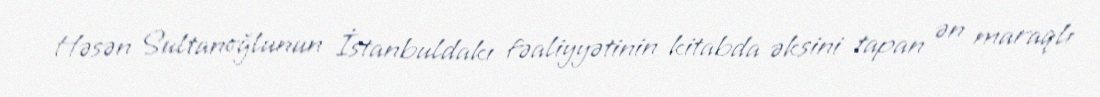
Həsən Sultanoğlunun İstanbuldakı fəaliyyətinin kitabda əksini tapan ən maraqlı